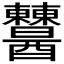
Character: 𨤈